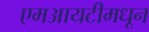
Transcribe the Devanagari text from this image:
एमआयटीमधून